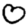
Digit: 0